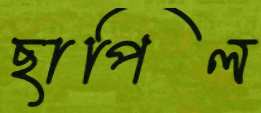
ছাপিল